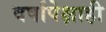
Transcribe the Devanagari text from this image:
वर्षापेक्षाही